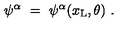
\psi ^ { \alpha } \ = \ \psi ^ { \alpha } ( x _ { \mathrm { L } } , \theta ) \ .